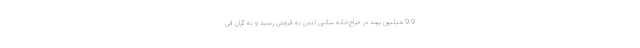
9.9 میلیون پوند در حراج‌خانه ساتبی لندن به فروش رسید و به گران قی